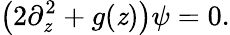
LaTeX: \left(2\partial_{\mathit{z}}^{2}+g(\mathit{z})\right)\psi=0.